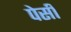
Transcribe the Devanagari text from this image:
पेर्सी